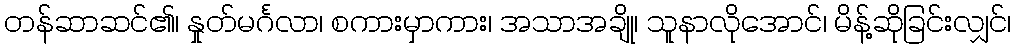
တန်ဆာဆင်၏၊ နှုတ်မင်္ဂလာ၊ စကားမှာကား၊ အသာအချို၊ သူနာလိုအောင်၊ မိန့်ဆိုခြင်းလျှင်၊